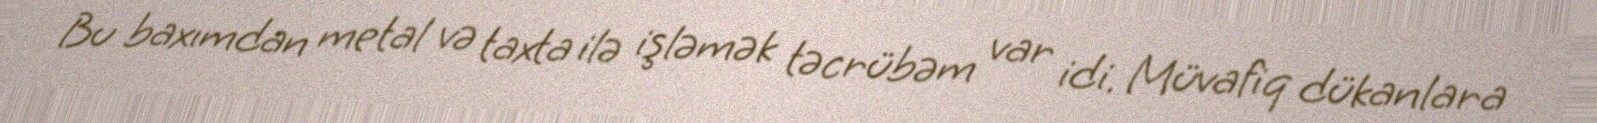
Bu baxımdan metal və taxta ilə işləmək təcrübəm var idi. Müvafiq dükanlara